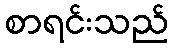
စာရင်းသည်